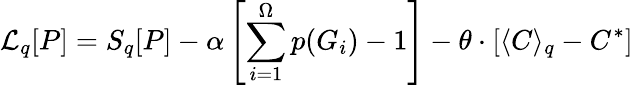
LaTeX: \mathcal{L}_{q}[P]=S_{q}[P]-\alpha\left[\sum_{i=1}^{\Omega}p(G_{i})-1\right]-\theta\cdot\left[\langle C\rangle_{q}-C^{*}\right]